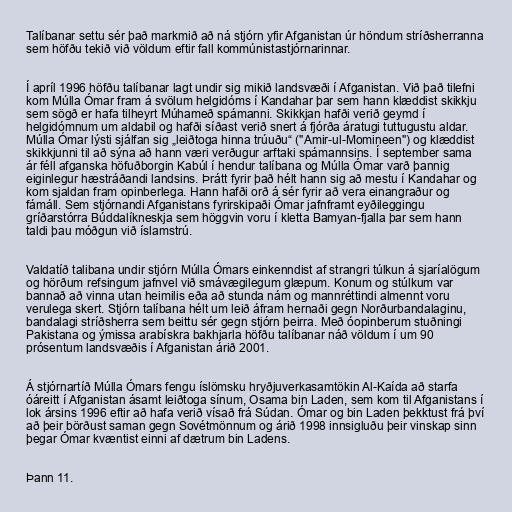
Talíbanar settu sér það markmið að ná stjórn yfir Afganistan úr höndum stríðsherranna
sem höfðu tekið við völdum eftir fall kommúnistastjórnarinnar.

Í apríl 1996 höfðu talíbanar lagt undir sig mikið landsvæði í Afganistan. Við það tilefni
kom Múlla Ómar fram á svölum helgidóms í Kandahar þar sem hann klæddist skikkju
sem sögð er hafa tilheyrt Múhameð spámanni. Skikkjan hafði verið geymd í
helgidómnum um aldabil og hafði síðast verið snert á fjórða áratugi tuttugustu aldar.
Múlla Ómar lýsti sjálfan sig „leiðtoga hinna trúuðu“ ("Amir-ul-Momineen") og klæddist
skikkjunni til að sýna að hann væri verðugur arftaki spámannsins. Í september sama
ár féll afganska höfuðborgin Kabúl í hendur talíbana og Múlla Ómar varð þannig
eiginlegur hæstráðandi landsins. Þrátt fyrir það hélt hann sig að mestu í Kandahar og
kom sjaldan fram opinberlega. Hann hafði orð á sér fyrir að vera einangraður og
fámáll. Sem stjórnandi Afganistans fyrirskipaði Ómar jafnframt eyðileggingu
gríðarstórra Búddalíkneskja sem höggvin voru í kletta Bamyan-fjalla þar sem hann
taldi þau móðgun við íslamstrú.

Valdatíð talibana undir stjórn Múlla Ómars einkenndist af strangri túlkun á sjaríalögum
og hörðum refsingum jafnvel við smávægilegum glæpum. Konum og stúlkum var
bannað að vinna utan heimilis eða að stunda nám og mannréttindi almennt voru
verulega skert. Stjórn talíbana hélt um leið áfram hernaði gegn Norðurbandalaginu,
bandalagi stríðsherra sem beittu sér gegn stjórn þeirra. Með óopinberum stuðningi
Pakistana og ýmissa arabískra bakhjarla höfðu talíbanar náð völdum í um 90
prósentum landsvæðis í Afganistan árið 2001.

Á stjórnartíð Múlla Ómars fengu íslömsku hryðjuverkasamtökin Al-Kaída að starfa
óáreitt í Afganistan ásamt leiðtoga sínum, Osama bin Laden, sem kom til Afganistans í
lok ársins 1996 eftir að hafa verið vísað frá Súdan. Ómar og bin Laden þekktust frá því
að þeir börðust saman gegn Sovétmönnum og árið 1998 innsigluðu þeir vinskap sinn
þegar Ómar kvæntist einni af dætrum bin Ladens.

Þann 11.